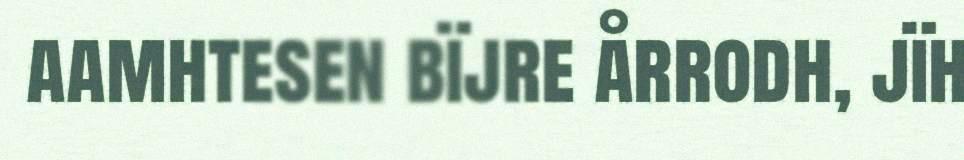
aamhtesen bïjre årrodh, jïh